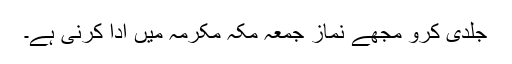
جلدی کرو مجھے نماز جمعہ مکہ مکرمہ میں ادا کرنی ہے۔